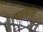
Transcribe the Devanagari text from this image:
दात्यांचे